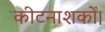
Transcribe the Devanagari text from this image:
कीटनाशकों।